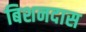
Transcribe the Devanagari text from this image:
बिशनदास